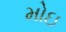
મોઇ